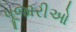
પૂજારીઓ